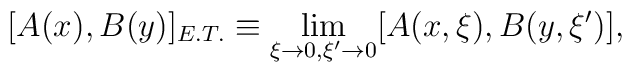
[A(x),B(y)]_{E.T.}\equiv \lim_{\xi\to 0, \xi^{\prime}\to0}[A(x,\xi),B(y,\xi^{\prime})] ,